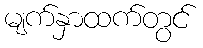
မျက်နှာထက်တွင်